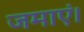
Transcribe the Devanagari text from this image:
जमाएं।